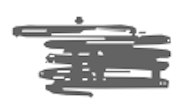
Text: in
Cross-out: scratch
Writing tool: digital_gray